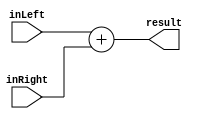
`timescale 1ns / 1ps
//////////////////////////////////////////////////////////////////////////////////
// Company: 
// Engineer: 
// 
// Design Name: 
// Module Name: adder
// Project Name: 
// Target Devices: 
// Tool Versions: 
// Description: 
// 
// Dependencies: 
// 
// Revision:
// Revision 0.01 - File Created
// Additional Comments:
// 
//////////////////////////////////////////////////////////////////////////////////


module adder(
    input [3:0] inLeft,
    input [3:0] inRight,
    output [4:0] result
    );
    
    assign result = inLeft + inRight;
    
endmodule